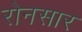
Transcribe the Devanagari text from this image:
रोनसार